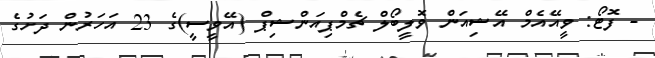
- ފޮޓޯ: ވީއޭއެމް އޭޝިއަން ވޮލީބޯލް ޗެމްޕިއަންޝިޕް (އޭވީސީ)ގެ 23 އަހަރުން ދަށުގެ